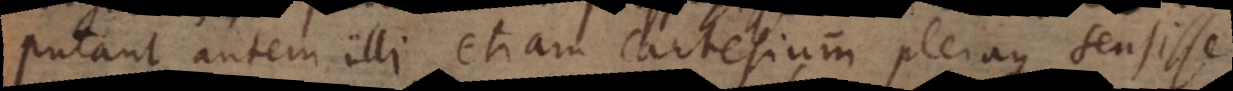
Putant autem illi etiam Cartesium pleraque sensisse